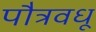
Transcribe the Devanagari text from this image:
पौत्रवधू